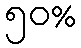
၅၀%